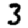
Digit: 3